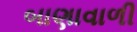
બાણાવાળી